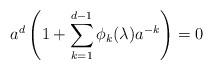
LaTeX: \begin{align*} a^d\left(1+\sum_{k=1}^{d-1} \phi_k(\lambda)a^{-k}\right)=0\end{align*}